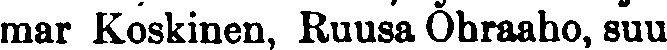
mar Koskinen, Ruusa Ohraaho, suu